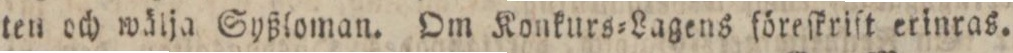
ten och wälja Syßloman. Om Konkurs=Lagens föreſkriſt erinras.